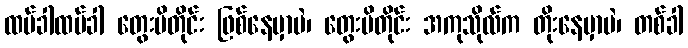
ထပ်ခါထပ်ခါ တွေးမိတိုင်း ဖြစ်နေမှာပဲ၊ တွေးမိတိုင်း အကုသိုလ်က တိုးနေမှာပဲ၊ တစ်ခါ